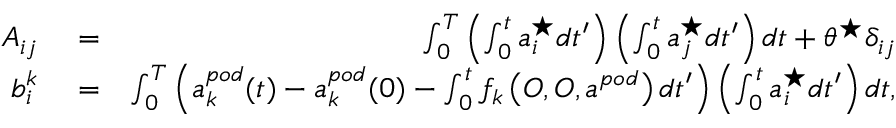
\begin{array} { r l r } { A _ { i j } } & { { } = } & { \int _ { 0 } ^ { T } \left( \int _ { 0 } ^ { t } a _ { i } ^ { \star } d t ^ { \prime } \right) \left( \int _ { 0 } ^ { t } a _ { j } ^ { \star } d t ^ { \prime } \right) d t + \theta ^ { \star } \delta _ { i j } } \\ { b _ { i } ^ { k } } & { { } = } & { \int _ { 0 } ^ { T } \left( a _ { k } ^ { p o d } ( t ) - a _ { k } ^ { p o d } ( 0 ) - \int _ { 0 } ^ { t } f _ { k } \left( O , O , a ^ { p o d } \right) d t ^ { \prime } \right) \left( \int _ { 0 } ^ { t } a _ { i } ^ { \star } d t ^ { \prime } \right) d t , } \end{array}